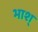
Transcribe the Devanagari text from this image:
भाश्